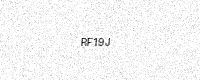
Text: RF19J